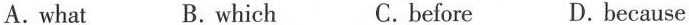
A. what B.which C.before D.because